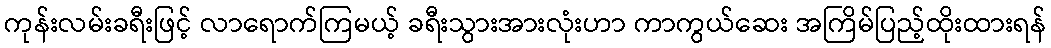
ကုန်းလမ်းခရီးဖြင့် လာရောက်ကြမယ့် ခရီးသွားအားလုံးဟာ ကာကွယ်ဆေး အကြိမ်ပြည့်ထိုးထားရန်